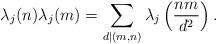
LaTeX: \begin{align*}\lambda_{j}(n)\lambda_{j}(m)=\sum_{d|(m,n)}\lambda_{j}\left( \frac{nm}{d^2}\right).\end{align*}